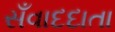
સઁવાદદાતા